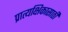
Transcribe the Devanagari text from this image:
प्रात्यक्षिकासाठी